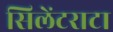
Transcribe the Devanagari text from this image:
सिलेंटराटा